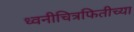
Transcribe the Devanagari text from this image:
ध्वनीचित्रफितीच्या